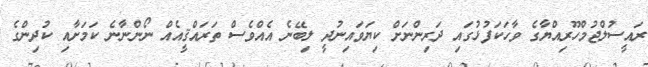
ރައީސުލްޖުމްހޫރިއްޔާގެ ވާހަކަފުޅުގައި ދަރިންނަށް ކިޔަވައިނުދީ ލިބޭނެ އެއްވެސް ތަރައްޤީއެއް ނޯންނާނެ ކަމަށާއި ކުދިންގެ